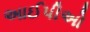
અાઈપીઅો